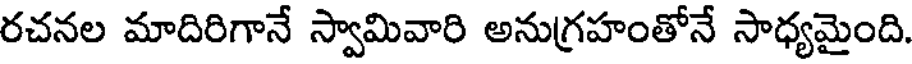
రచనల మాదిరిగానే స్వామివారి అనుగ్రహంతోనే సాధ్యమైంది.